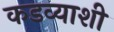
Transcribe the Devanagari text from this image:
कडव्याशी